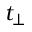
t _ { \perp }